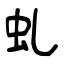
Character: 虬